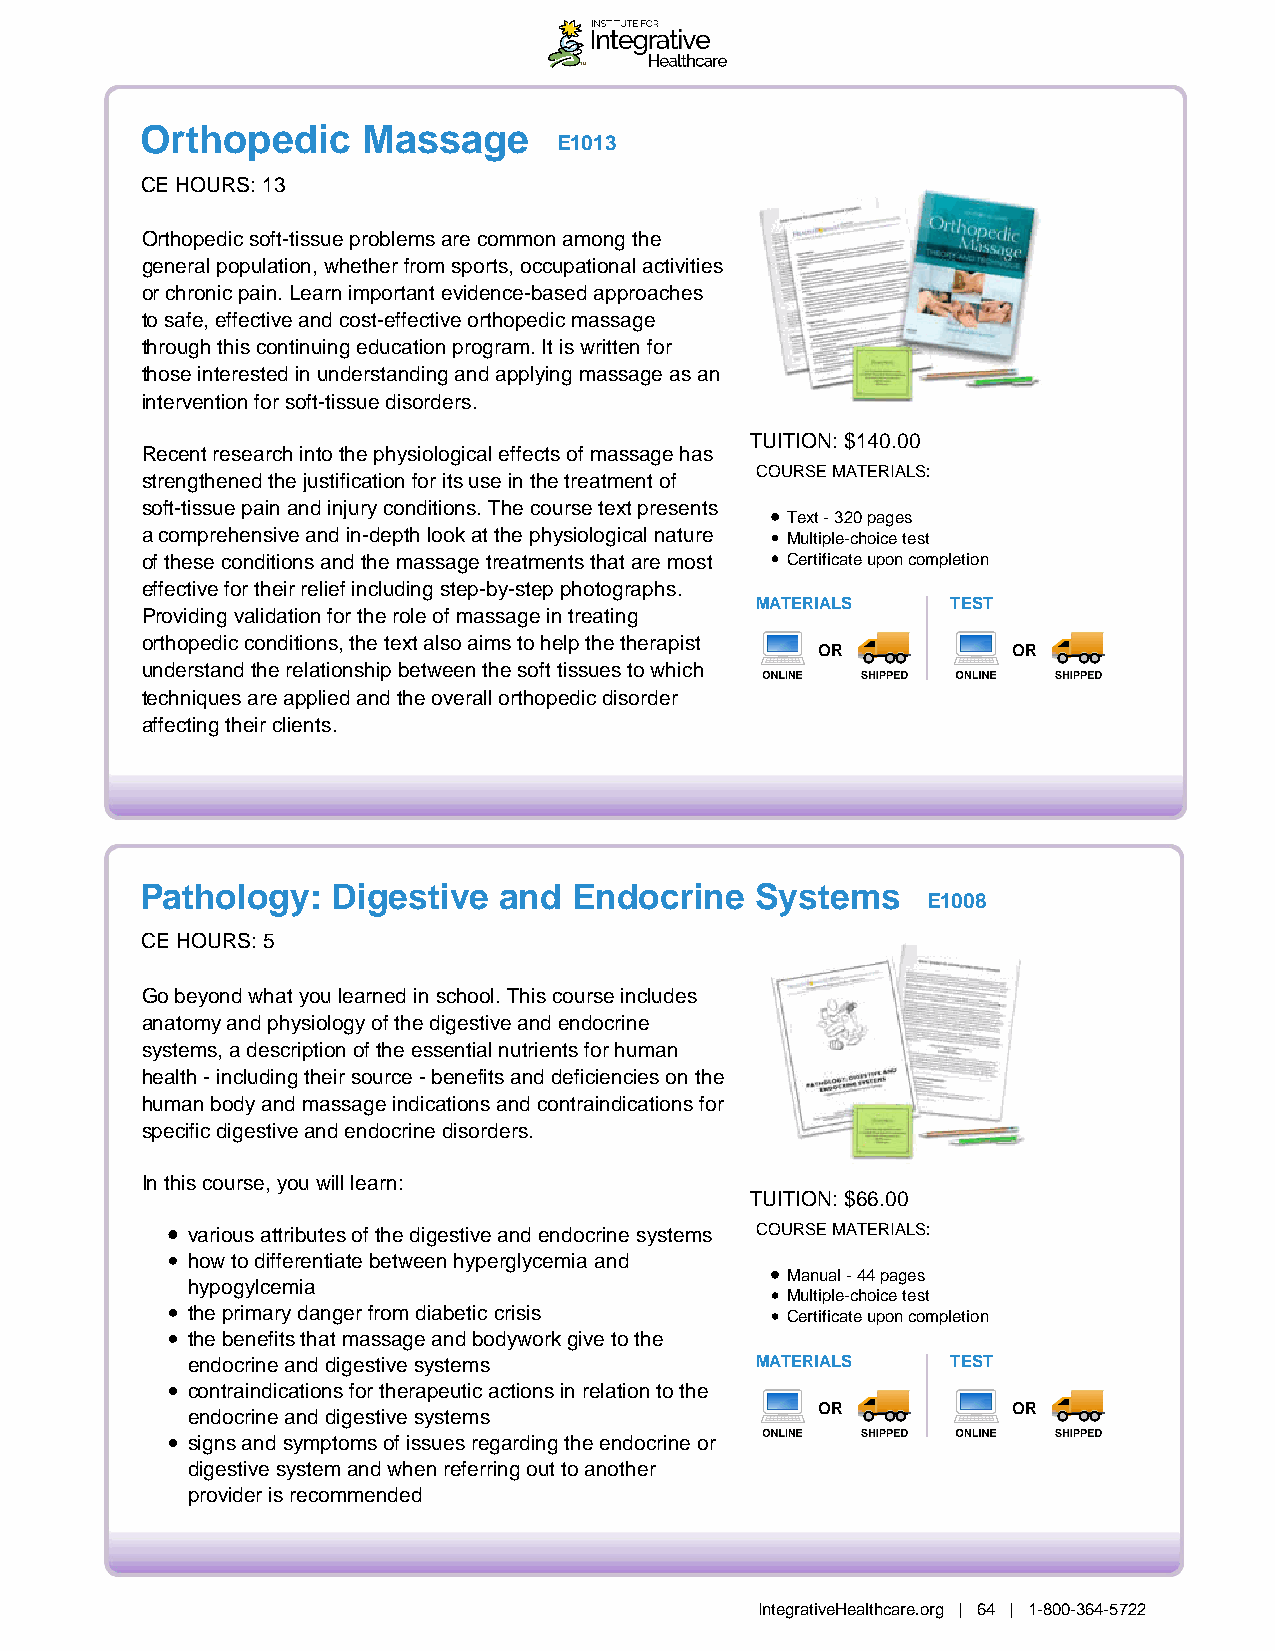
Orthopedic     Massage
 E1013
 CE HOURS: 13
 Orthopedic soft-tissue problems are common among the
 general population, whether from sports, occupational activities
 or chronic pain. Learn important evidence-based approaches
 to safe, effective and cost-effective orthopedic massage
 through this continuing education program. It is written for
 those interested in understanding and applying massage as an
 intervention for soft-tissue disorders.
 TUITION: $140.00
 Recent research into the physiological effects of massage has
 COURSE MATERIALS:
 strengthened the justification for its use in the treatment of
 soft-tissue pain and injury conditions. The course text presents
 Text - 320 pages
 a comprehensive and in-depth look at the physiological nature Multiple-choice test
 of these conditions and the massage treatments that are most Certificate upon completion
 effective for their relief including step-by-step photographs.
 MATERIALS    TEST
 Providing validation for the role of massage in treating
 orthopedic conditions, the text also aims to help the therapist
 OR           OR
 understand the relationship between the soft tissues to which
 techniques are applied and the overall orthopedic disorder
 affecting their clients.
 Pathology:   Digestive  and  Endocrine   Systems
 E1008
 CE HOURS: 5
 Go beyond what you learned in school. This course includes
 anatomy and physiology of the digestive and endocrine
 systems, a description of the essential nutrients for human
 health - including their source - benefits and deficiencies on the
 human body and massage indications and contraindications for
 specific digestive and endocrine disorders.
 In this course, you will learn:
 TUITION: $66.00
 various attributes of the digestive and endocrine systems COURSE MATERIALS:
 how to differentiate between hyperglycemia and
 Manual - 44 pages
 hypogylcemia
 Multiple-choice test
 the primary danger from diabetic crisis Certificate upon completion
 the benefits that massage and bodywork give to the
 endocrine and digestive systems       MATERIALS    TEST
 contraindications for therapeutic actions in relation to the
 OR           OR
 endocrine and digestive systems
 signs and symptoms of issues regarding the endocrine or
 digestive system and when referring out to another
 provider is recommended
 IntegrativeHealthcare.org | 64 | 1-800-364-5722